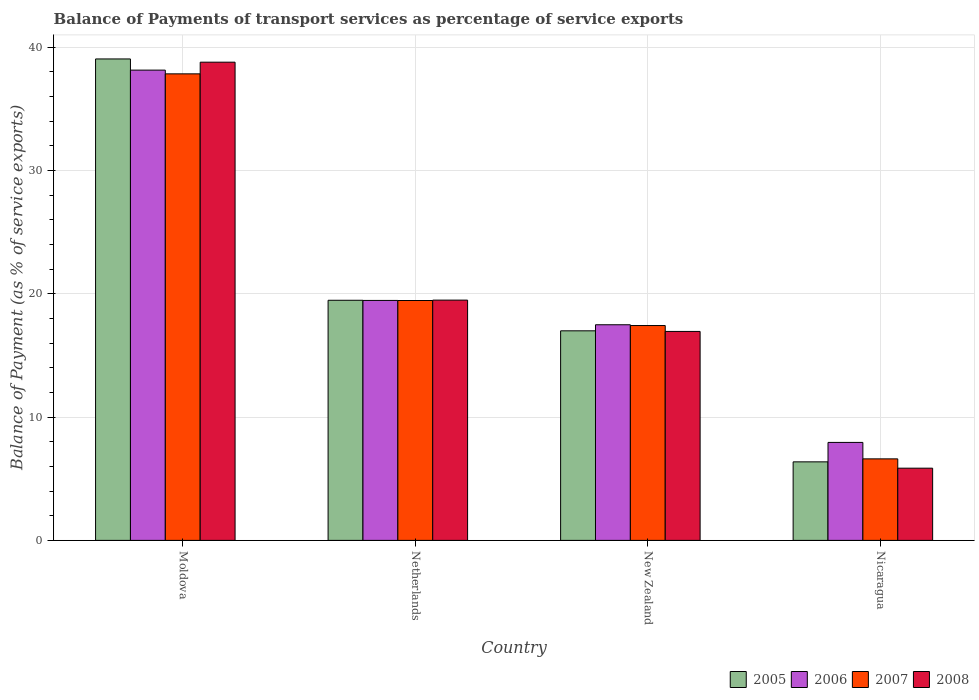
| Country | 2005 | 2006 | 2007 | 2008 |
 | --- | --- | --- | --- | --- |
 | Moldova | 39 | 38.1 | 37.8 | 38.8 |
 | Netherlands | 19.5 | 19.5 | 19.5 | 19.5 |
 | New Zealand | 17 | 17.5 | 17.4 | 16.9 |
 | Nicaragua | 6.37 | 7.95 | 6.61 | 5.85 |